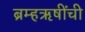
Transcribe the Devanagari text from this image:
ब्रम्हऋषींची